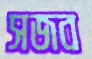
সজব